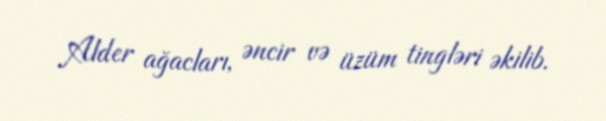
Alder ağacları, əncir və üzüm tingləri əkilib.